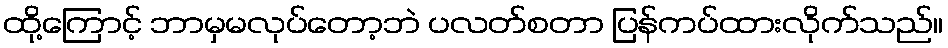
ထို့ကြောင့် ဘာမှမလုပ်တော့ဘဲ ပလတ်စတာ ပြန်ကပ်ထားလိုက်သည်။